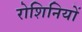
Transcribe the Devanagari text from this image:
रोशिनियों